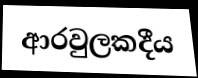
ආරවුලකදීය